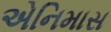
એનિમાસ